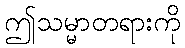
ဤသမ္မာတရားကို